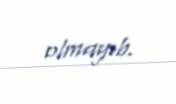
olmayıb.